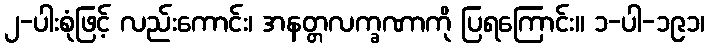
၂-ပါးစုံဖြင့် လည်းကောင်း၊ အနတ္တလက္ခဏာကို ပြရကြောင်း။ ၁-ပါ-၁၉၁၊